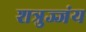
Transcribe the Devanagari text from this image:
शत्रुज्जंय